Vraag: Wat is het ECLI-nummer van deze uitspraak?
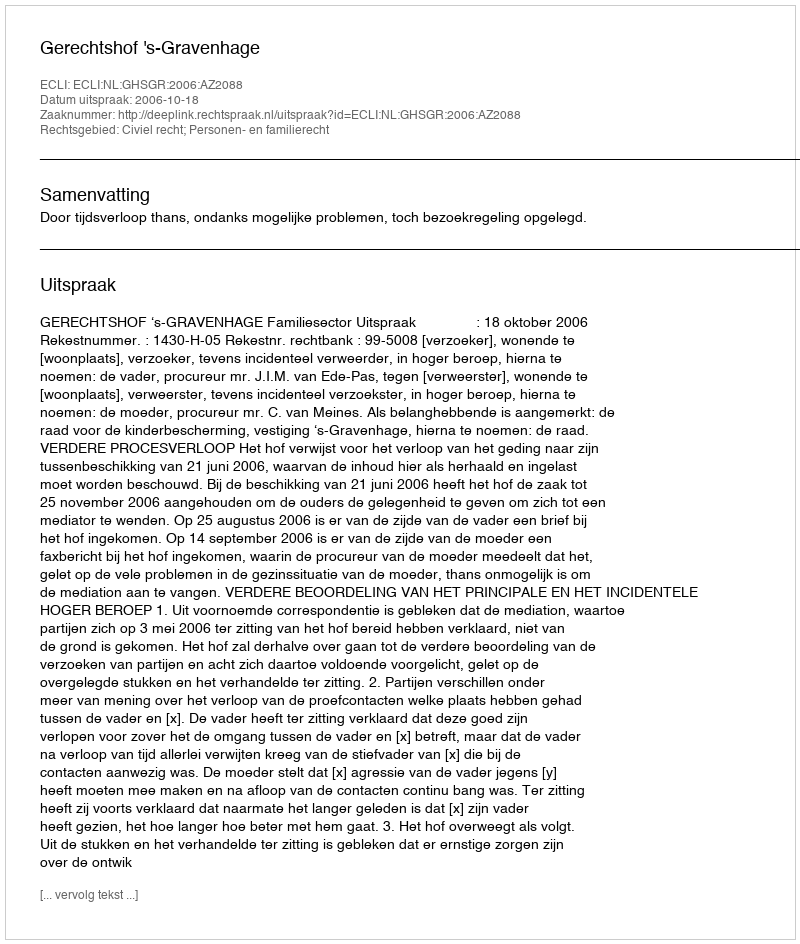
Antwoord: ECLI:NL:GHSGR:2006:AZ2088